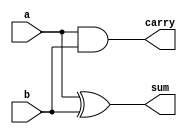
`timescale 1ns / 1ps
//////////////////////////////////////////////////////////////////////////////////
// Company: 
// Engineer: 
// 
// Design Name: 
// Module Name:    half_adder 
// Project Name: 
// Target Devices: 
// Tool versions: 
// Description: 
//
// Dependencies: 
//
// Revision: 
// Revision 0.01 - File Created
// Additional Comments: 
//
//////////////////////////////////////////////////////////////////////////////////
module half_adder( sum, carry, a, b );
	input a, b;
	output sum, carry;
	
	xor x1(sum, a, b);
	and a1(carry, a, b);

endmodule